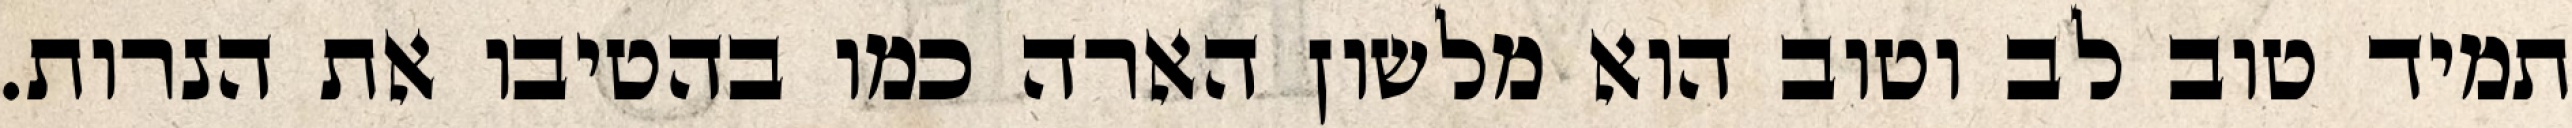
תמיד טוב לב וטוב הוא מלשון הארה כמו בהטיבו את הנרות.